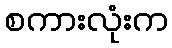
စကားလုံးက